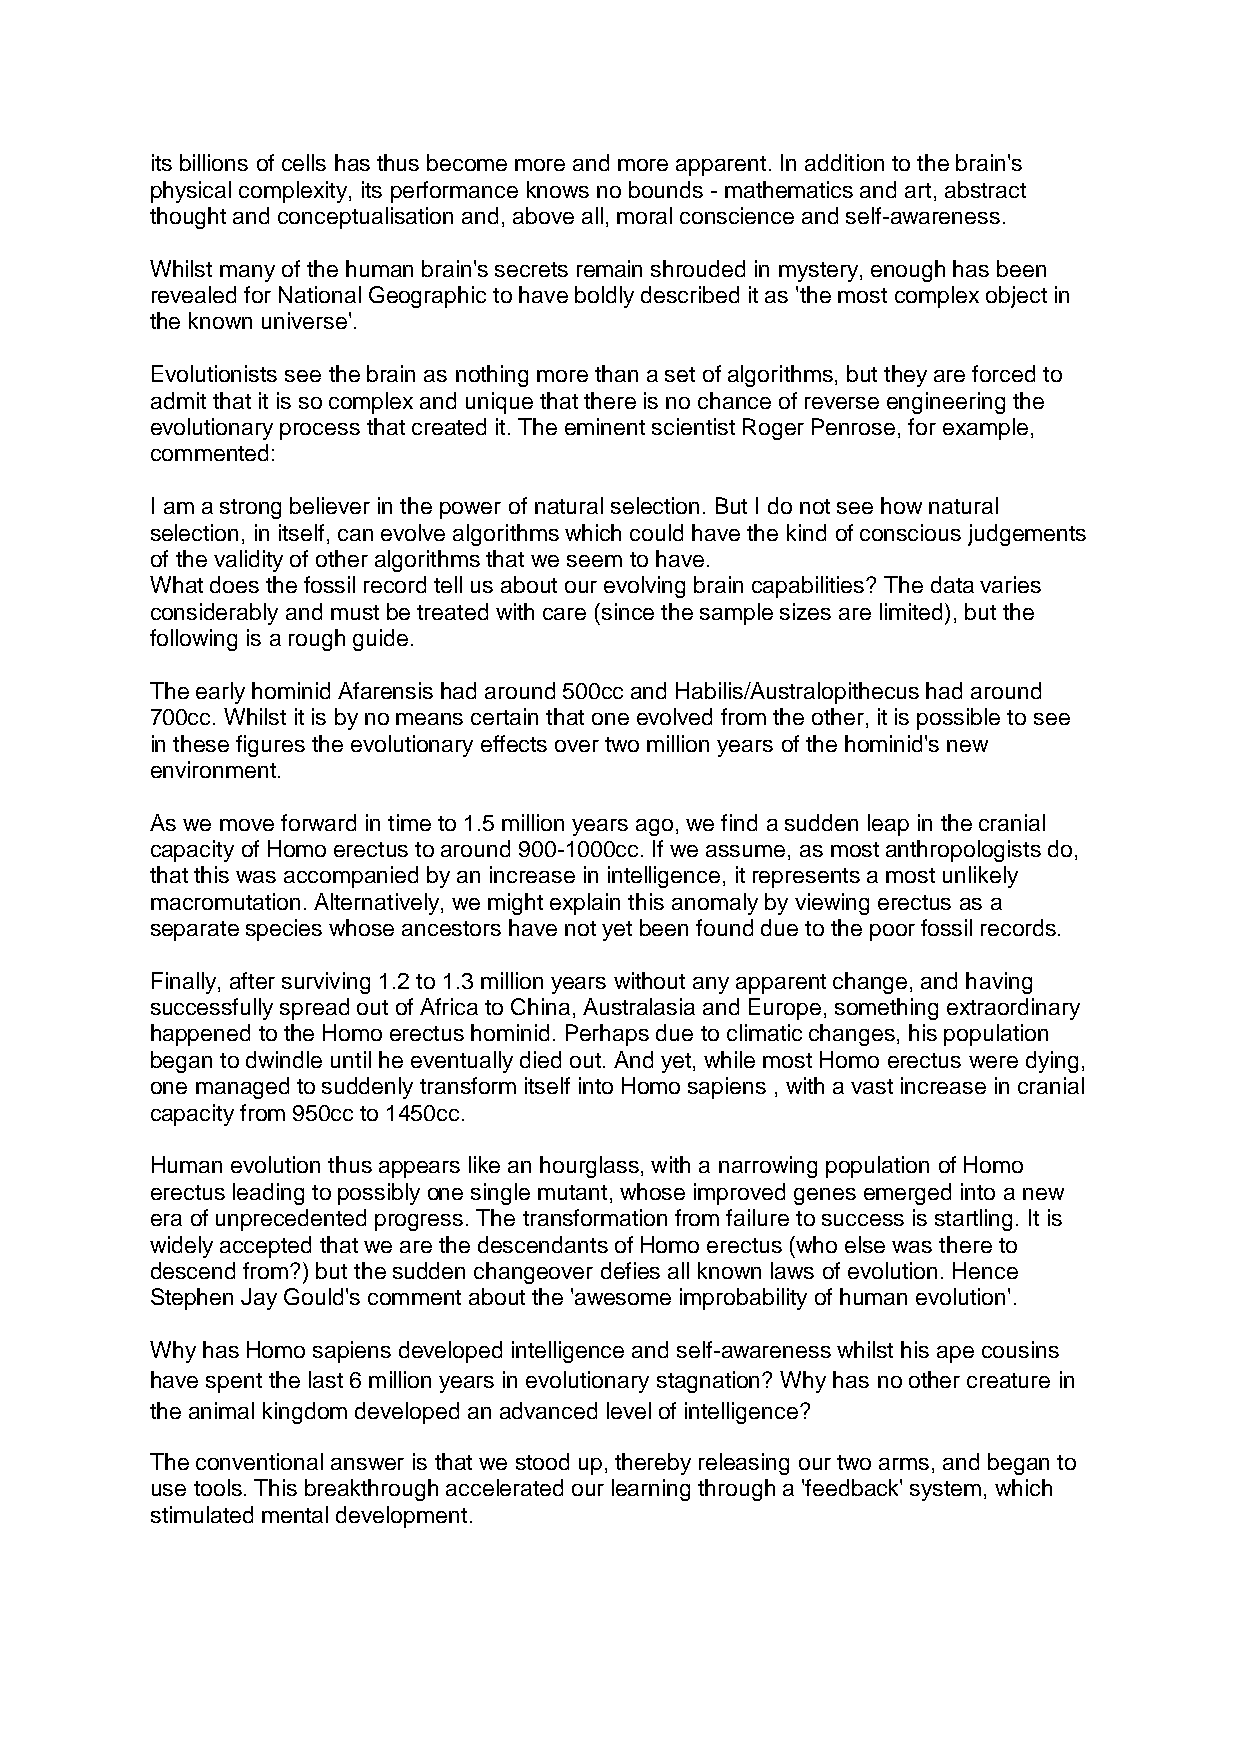
its billions of cells has thus become more and more apparent. In addition to the brain's
 physical complexity, its performance knows no bounds - mathematics and art, abstract
 thought and conceptualisation and, above all, moral conscience and self-awareness.
 Whilst many of the human brain's secrets remain shrouded in mystery, enough has been
 revealed for National Geographic to have boldly described it as 'the most complex object in
 the known universe'.
 Evolutionists see the brain as nothing more than a set of algorithms, but they are forced to
 admit that it is so complex and unique that there is no chance of reverse engineering the
 evolutionary process that created it. The eminent scientist Roger Penrose, for example,
 commented:
 I am a strong believer in the power of natural selection. But I do not see how natural
 selection, in itself, can evolve algorithms which could have the kind of conscious judgements
 of the validity of other algorithms that we seem to have.
 What does the fossil record tell us about our evolving brain capabilities? The data varies
 considerably and must be treated with care (since the sample sizes are limited), but the
 following is a rough guide.
 The early hominid Afarensis had around 500cc and Habilis/Australopithecus had around
 700cc. Whilst it is by no means certain that one evolved from the other, it is possible to see
 in these figures the evolutionary effects over two million years of the hominid's new
 environment.
 As we move forward in time to 1.5 million years ago, we find a sudden leap in the cranial
 capacity of Homo erectus to around 900-1000cc. If we assume, as most anthropologists do,
 that this was accompanied by an increase in intelligence, it represents a most unlikely
 macromutation. Alternatively, we might explain this anomaly by viewing erectus as a
 separate species whose ancestors have not yet been found due to the poor fossil records.
 Finally, after surviving 1.2 to 1.3 million years without any apparent change, and having
 successfully spread out of Africa to China, Australasia and Europe, something extraordinary
 happened to the Homo erectus hominid. Perhaps due to climatic changes, his population
 began to dwindle until he eventually died out. And yet, while most Homo erectus were dying,
 one managed to suddenly transform itself into Homo sapiens , with a vast increase in cranial
 capacity from 950cc to 1450cc.
 Human evolution thus appears like an hourglass, with a narrowing population of Homo
 erectus leading to possibly one single mutant, whose improved genes emerged into a new
 era of unprecedented progress. The transformation from failure to success is startling. It is
 widely accepted that we are the descendants of Homo erectus (who else was there to
 descend from?) but the sudden changeover defies all known laws of evolution. Hence
 Stephen Jay Gould's comment about the 'awesome improbability of human evolution'.
 Why has Homo sapiens developed intelligence and self-awareness whilst his ape cousins
 have spent the last 6 million years in evolutionary stagnation? Why has no other creature in
 the animal kingdom developed an advanced level of intelligence?
 The conventional answer is that we stood up, thereby releasing our two arms, and began to
 use tools. This breakthrough accelerated our learning through a 'feedback' system, which
 stimulated mental development.